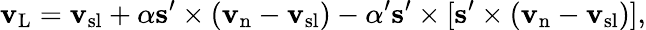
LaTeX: {\mathbf v}_{\mathrm{L}}={\mathbf v}_{\mathrm{sl}}+\alpha{\mathbf s^{\prime}}\times({\mathbf v}_{\mathrm{n}}-{\mathbf v}_{\mathrm{sl}})-\alpha^{\prime}{\mathbf s^{\prime}}\times[{\mathbf s}^{\prime}\times({\mathbf v}_{\mathrm{n}}-{\mathbf v}_{\mathrm{sl}})],